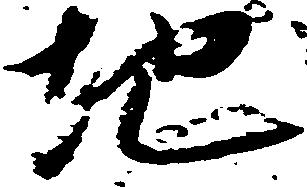
地